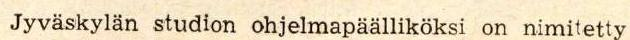
 Jyväskylän studion ohjelmapäälliköksi on nimitetty